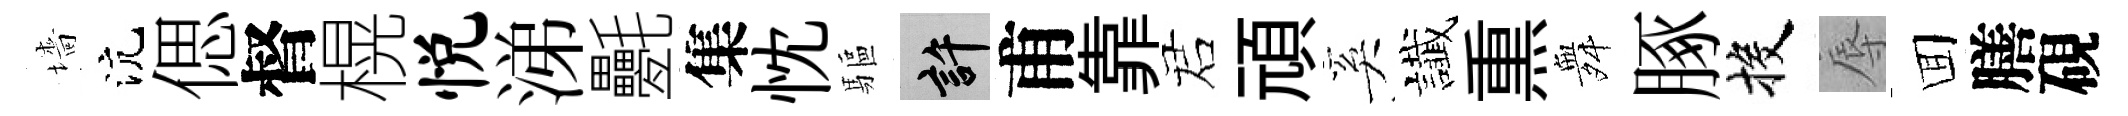
墻沆偲督榥悦涕氎集忱驅許甫靠诺頑奚䜟𤋱舞䐁投辱囬膳硯